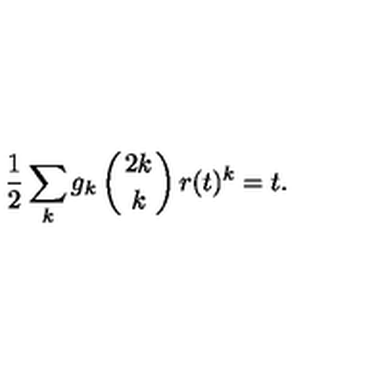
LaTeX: \frac 1 2 \sum _ { k } g _ { k } \left( { 2 k \atop k } \right) r ( t ) ^ { k } = t .